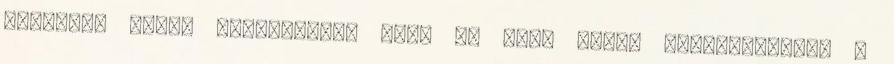
melletti utcán közelíthető meg. Az első zsidó borkereskedők a